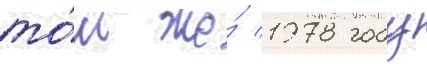
то́м же́ 1978 году